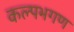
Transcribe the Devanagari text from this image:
कल्पभगण